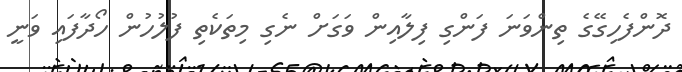
ދޮންފެހިގޭގެ ތިންވަނަ ފަންގި ފިލާއިން ވަގަށް ނެގި މިތަކެތި ފުލުހުން ހޯދާފައި ވަނީ